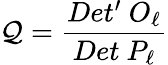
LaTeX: \mathcal{Q}={\frac{{Det^{\prime}\ O_{\ell}}}{{Det\ P_{\ell}}}}